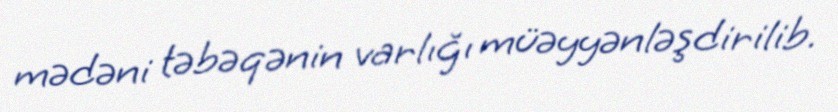
mədəni təbəqənin varlığı müəyyənləşdirilib.